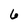
Character: 6